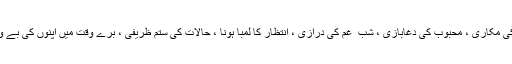
مثلاً دوست کی مکاری ، محبوب کی دغابازی ، شب ِ غم کی درازی ، انتظار کا لمبا ہونا ، حالات کی ستم ظریفی ، برے وقت میں اپنوں کی بے وفائی وغیرہ ۔